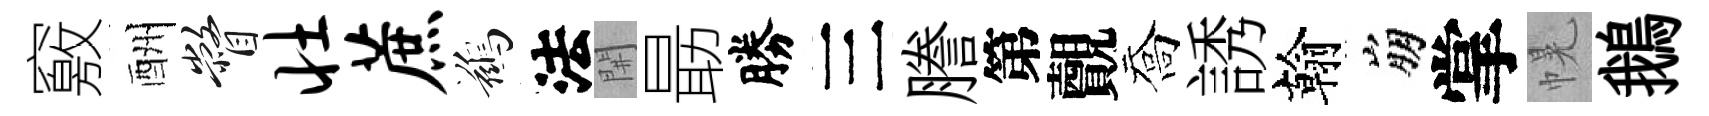
竅酬瞥壮蔗鷀法𨳩朂勝三謄第覿喬誘翰崩掌幌鵝